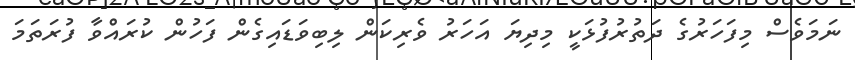
ނަމަވެސް މިފަހަރުގެ ދަތުރުފުޅަކީ މިދިޔަ އަހަރު ވެރިކަން ލިބިވަޑައިގެން ފަހުން ކުރައްވާ ފުރަތަމަ